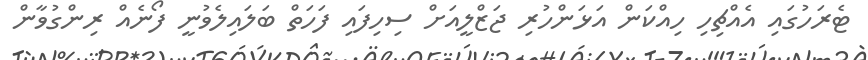
ޓެރަހުގައި އެއްޗިހި ހިއްކަން އަޅަންހުރި ޖަޒްލީއަށް ސިހިފައި ފަހަތް ބަލައިލެވުނީ ފޯނެއް ރިންގުވާން